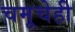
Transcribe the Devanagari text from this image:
चमूचेही